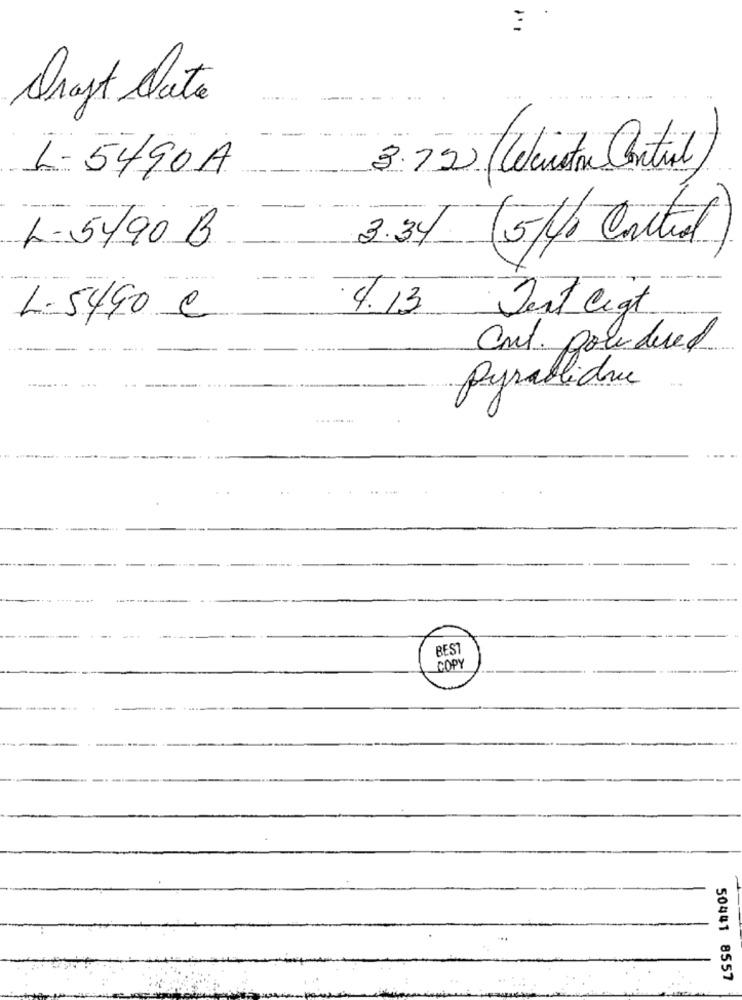
...
Draft Date
. ..
L- 5490A
3.72) (Winston Contil)
L-5490 B.
3.34 (5//o Control)
L. 5490 e
4.13 Jest ligt
Cnt. powdered
pyrabliche
50441 8557